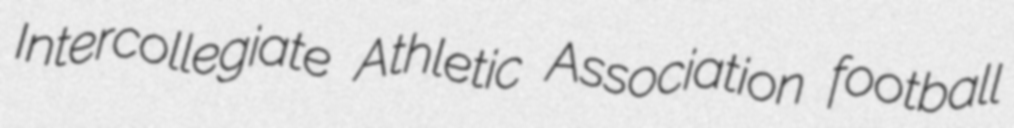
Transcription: Intercollegiate Athletic Association football